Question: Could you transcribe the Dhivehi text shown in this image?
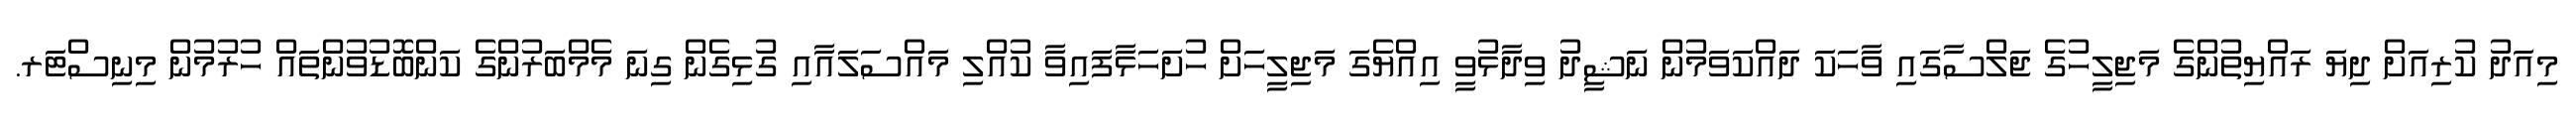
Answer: މިއަދު ކުރިއަށް ދިޔަ ރައްޔިތުންގެ މަޖިލީހުގެ ޖަލްސާގައި ވާހަކަ ދައްކަވަމުން ނަޝީދު ވިދާޅުވީ އިއްޔެގަ މަޖިލީހަށް ހުށަހަޅާފައިވާ ކުއްލި މައްސަލައާއި ގުޅިގެން ގިނަ މެމްބަރުންގެ ކަންބޮޑުވުންތައް ހުރުމުން މިނިސްޓަރ.